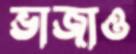
ভাজাও